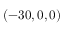
( - 3 0 , 0 , 0 )